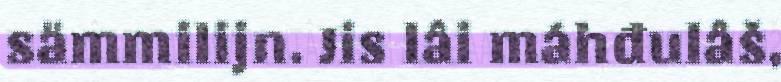
sämmilijn. Jis lâi máhđulâš,